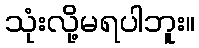
သုံးလို့မရပါဘူး။